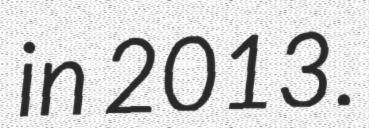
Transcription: in 2013.